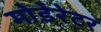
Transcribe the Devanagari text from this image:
मोडेरेटर